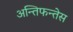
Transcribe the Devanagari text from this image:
अन्तिफन्तेस